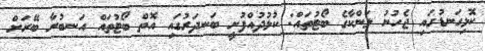
ކޮޅިގަނޑުގައި ޖެހުނު ލަންކާގެ ބޯޓުތައް: ކުޅުދުއްފުށީ ބަނދަރުގައި އޮތް ބޯޓުތައް އަނބުރާ ބޭރަށް